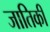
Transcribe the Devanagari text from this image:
जातिकी